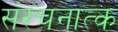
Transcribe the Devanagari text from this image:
संरचनात्क